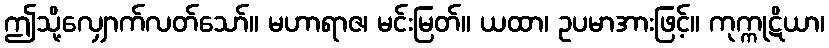
ဤသို့လျှောက်လတ်သော်။ မဟာရာဇ၊ မင်းမြတ်။ ယထာ၊ ဥပမာအားဖြင့်။ ကုက္ကုဋိယာ၊